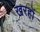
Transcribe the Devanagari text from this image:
खरहों